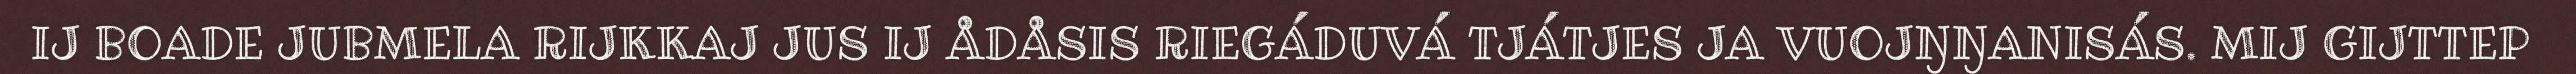
IJ BOADE JUBMELA RIJKKAJ JUS IJ ÅDÅSIS RIEGÁDUVÁ TJÁTJES JA VUOJŊŊANISÁS. MIJ GIJTTEP